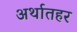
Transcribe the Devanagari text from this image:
अर्थातहर